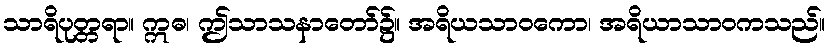
သာရိပုတ္တရာ။ ဣဓ၊ ဤသာသနာတော်၌။ အရိယသာဝကော၊ အရိယာသာဝကသည်။